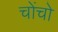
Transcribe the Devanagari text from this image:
चोंचो